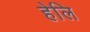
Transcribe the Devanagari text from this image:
हेलि